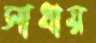
সাধায়